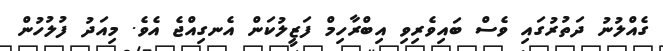
ގެއްލުނު ދަތުރުގައި ވެސް ބައިވެރިވި އިބްރާހިމް ފަޒީލުކަން އެނގިއްޖެ އެވެ. މިއަދު ފުލުހުން